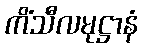
ကိံသီလမုဋ္ဌာနံ